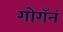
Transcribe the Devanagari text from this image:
गोगँनं